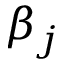
\beta _ { j }